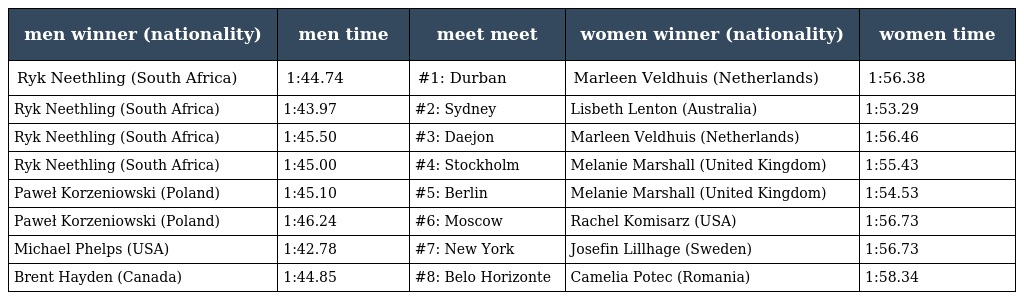
| men winner (nationality) | men time | meet meet | women winner (nationality) | women time |
 | --- | --- | --- | --- | --- |
 | Ryk Neethling (South Africa) | 1:44.74 | #1: Durban | Marleen Veldhuis (Netherlands) | 1:56.38 |
 | Ryk Neethling (South Africa) | 1:43.97 | #2: Sydney | Lisbeth Lenton (Australia) | 1:53.29 |
 | Ryk Neethling (South Africa) | 1:45.50 | #3: Daejon | Marleen Veldhuis (Netherlands) | 1:56.46 |
 | Ryk Neethling (South Africa) | 1:45.00 | #4: Stockholm | Melanie Marshall (United Kingdom) | 1:55.43 |
 | Paweł Korzeniowski (Poland) | 1:45.10 | #5: Berlin | Melanie Marshall (United Kingdom) | 1:54.53 |
 | Paweł Korzeniowski (Poland) | 1:46.24 | #6: Moscow | Rachel Komisarz (USA) | 1:56.73 |
 | Michael Phelps (USA) | 1:42.78 | #7: New York | Josefin Lillhage (Sweden) | 1:56.73 |
 | Brent Hayden (Canada) | 1:44.85 | #8: Belo Horizonte | Camelia Potec (Romania) | 1:58.34 |